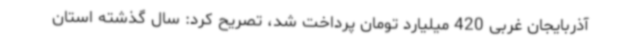
آذربایجان غربی 420 میلیارد تومان پرداخت شد، تصریح کرد: سال گذشته استان